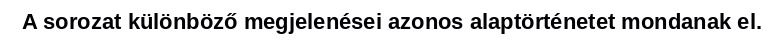
A sorozat különböző megjelenései azonos alaptörténetet mondanak el.